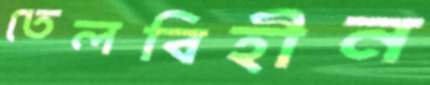
তেলবিহীন